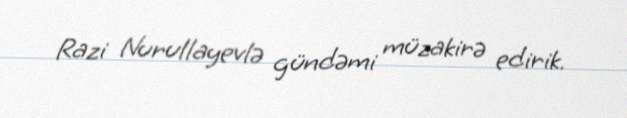
Razi Nurullayevlə gündəmi müzakirə edirik.